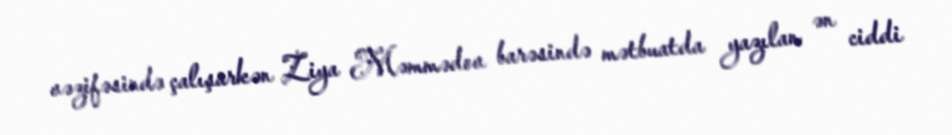
vəzifəsində çalışarkən Ziya Məmmədov barəsində mətbuatda yazılan ən ciddi